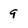
Character: 9